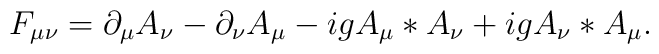
F_{\mu \nu} = \partial_\mu A_\nu - \partial_\nu A_\mu                -ig A_\mu \ast A_\nu +ig A_\nu \ast A_\mu.